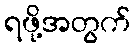
ရဖို့အတွက်